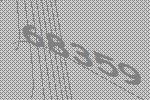
68359